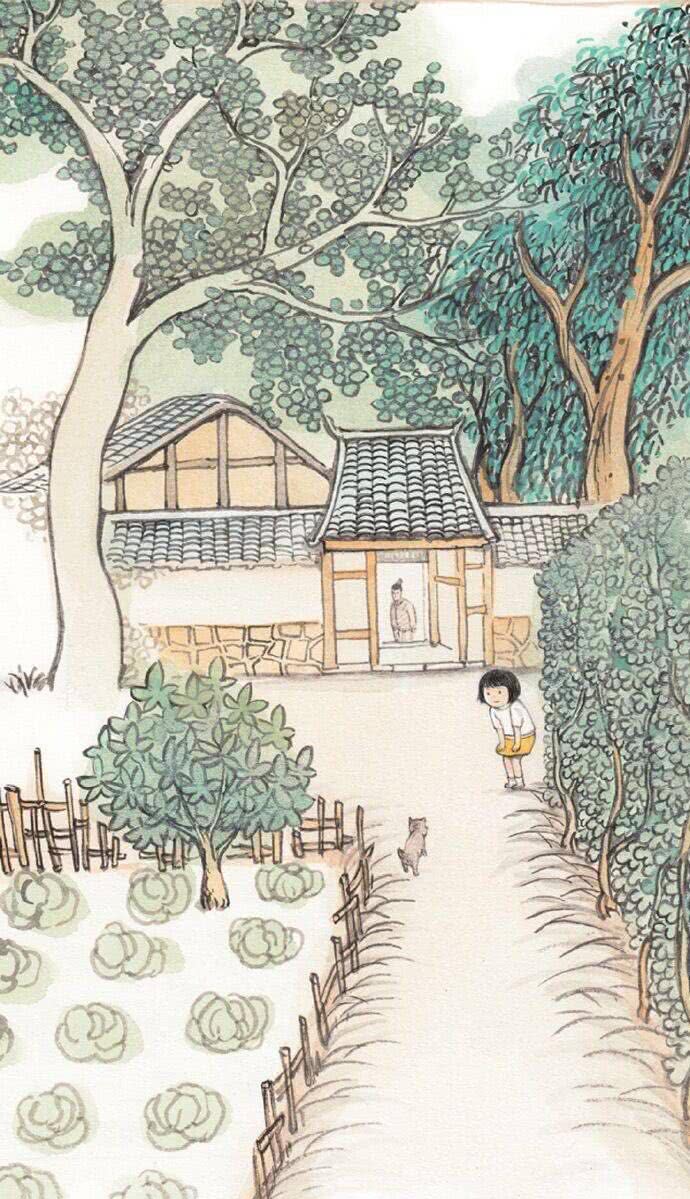
开轩面场圃，把酒话桑麻。